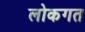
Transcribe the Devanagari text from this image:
लोकगत